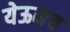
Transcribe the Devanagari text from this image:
येऊनच